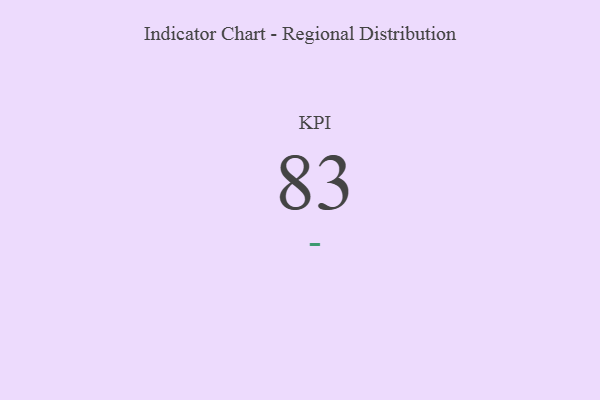
{"axis": {"x": "KPI", "y": "Value"}, "legend": [""], "data": [{"x": "KPI", "y": 83, "type": ""}]}